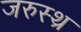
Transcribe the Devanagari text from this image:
जरुस्थ्र